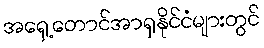
အရှေ့တောင်အာရှနိုင်ငံများတွင်